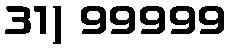
31) 99999